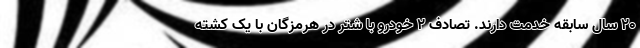
۲۰ سال سابقه خدمت دارند. تصادف 2 خودرو با شتر در هرمزگان با یک کشته